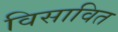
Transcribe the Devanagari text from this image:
विसावित